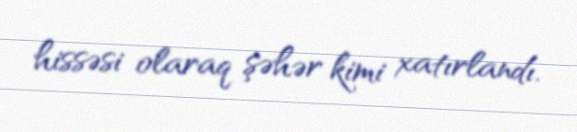
hissəsi olaraq şəhər kimi xatırlandı.